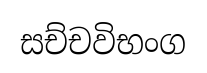
සච්චවිභංග